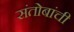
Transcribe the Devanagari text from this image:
संतोबांची